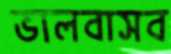
ভালবাসব